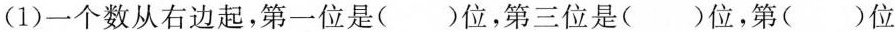
(1)一个数从右边起，第一位是()位，第三位是()位，第()位